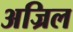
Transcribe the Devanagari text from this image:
अज्रिल